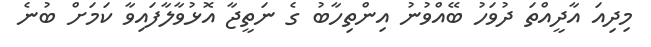
މިދިއަ އާދީއްތަ ދުވަހު ބޭއްވުނު އިންތިހާބު ގެ ނަތީޖާ އޮޅުވާލާފައިވާ ކަމަށް ބުނެ